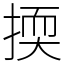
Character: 㨎